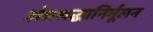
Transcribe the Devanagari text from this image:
अंधश्रद्धानिर्मूलन